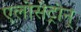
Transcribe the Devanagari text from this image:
एलोसेट्रोन्